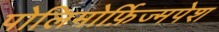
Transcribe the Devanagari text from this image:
पोलिमोर्फ़िज्मपेश